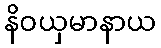
နိဝယှမာနာယ